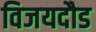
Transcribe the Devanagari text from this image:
विजयदौड